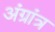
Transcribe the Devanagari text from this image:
अंग्रांत्र